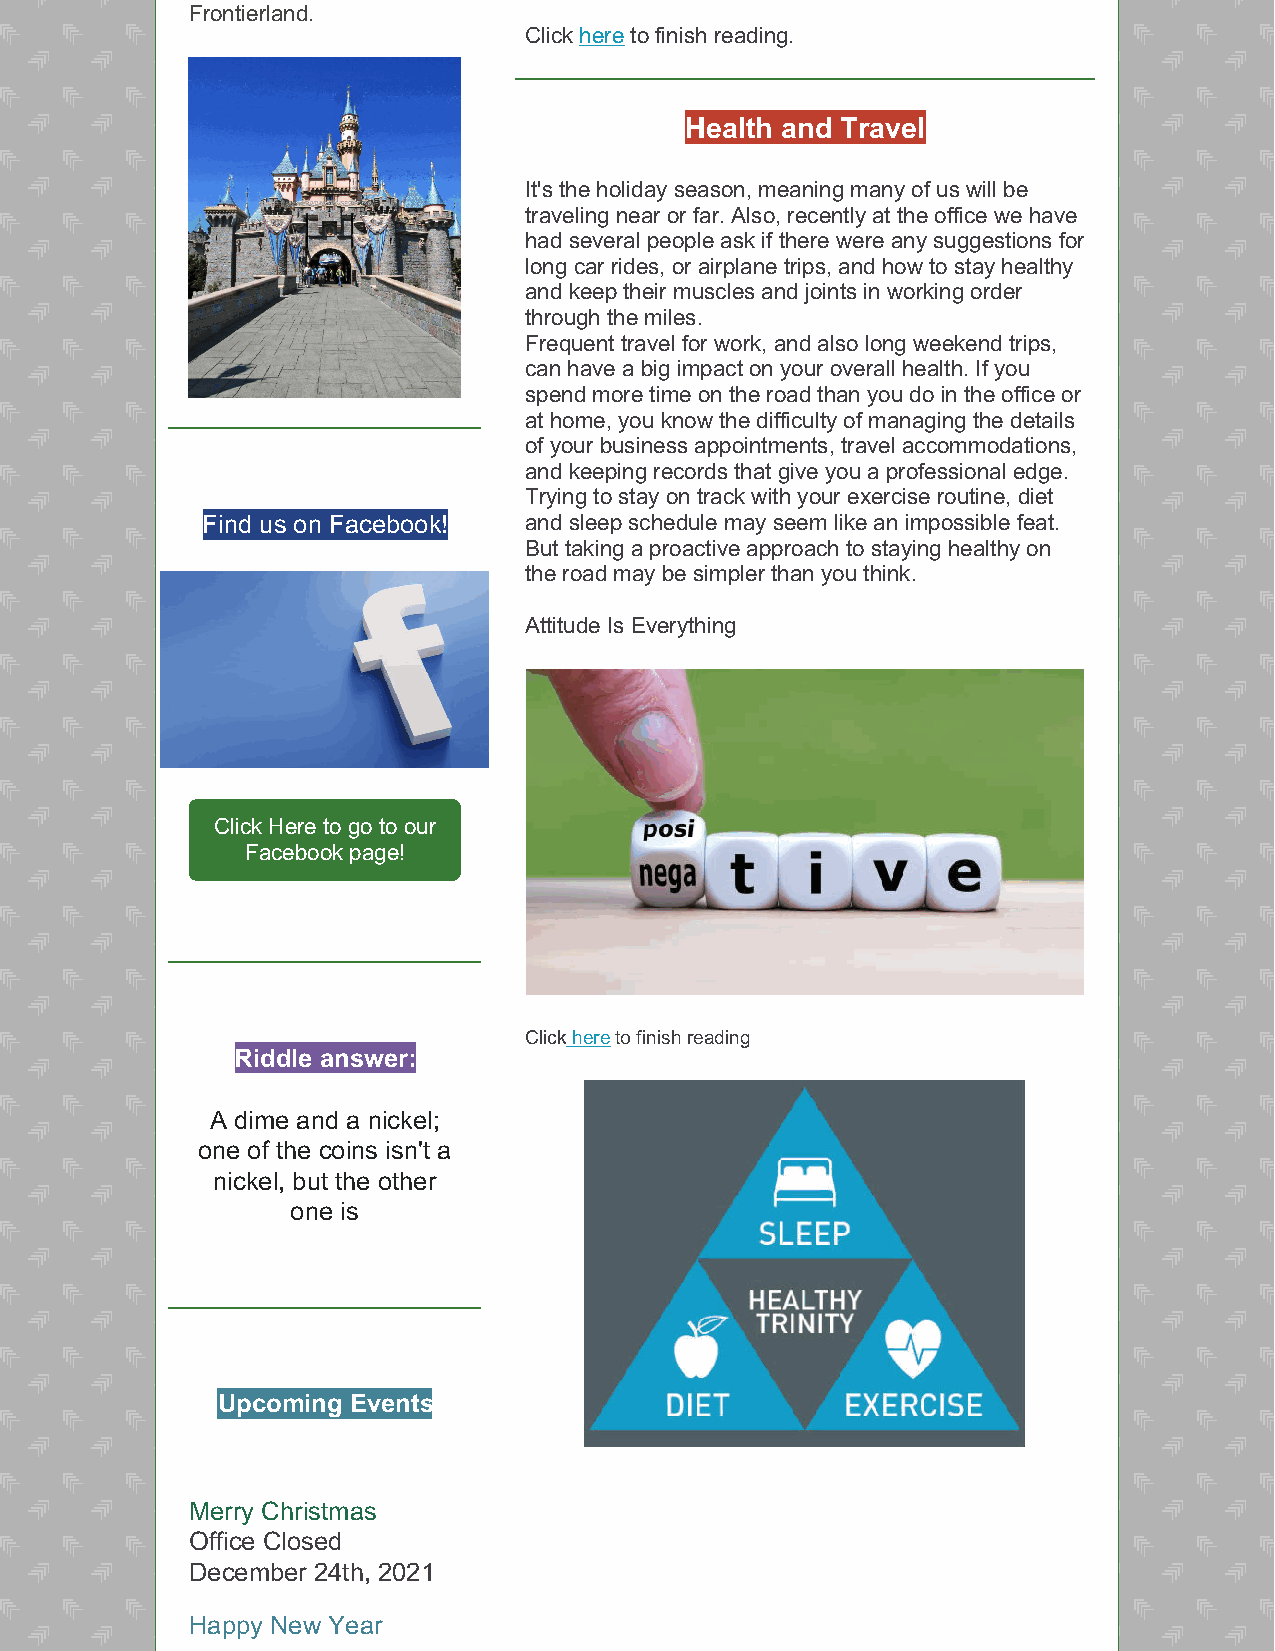
Frontierland.
 Click here to finish reading.
 Health and Travel
 It's the holiday season, meaning many of us will be
 traveling near or far. Also, recently at the office we have
 had several people ask if there were any suggestions for
 long car rides, or airplane trips, and how to stay healthy
 and keep their muscles and joints in working order
 through the miles.
 Frequent travel for work, and also long weekend trips,
 can have a big impact on your overall health. If you
 spend more time on the road than you do in the office or
 at home, you know the difficulty of managing the details
 of your business appointments, travel accommodations,
 and keeping records that give you a professional edge.
 Trying to stay on track with your exercise routine, diet
 Find us on Facebook!  and sleep schedule may seem like an impossible feat.
 But taking a proactive approach to staying healthy on
 the road may be simpler than you think.
 Attitude Is Everything
 Click Here to go to our
 Facebook page!
 Click here to finish reading
 Riddle answer:
 A dime and a nickel;
 one of the coins isn't a
 nickel, but the other
 one is
 Upcoming Events
 Merry Christmas
 Office Closed
 December 24th, 2021
 Happy New Year